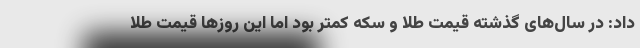
داد: در سال‌های گذشته قیمت طلا و سکه کمتر بود اما این روزها قیمت طلا